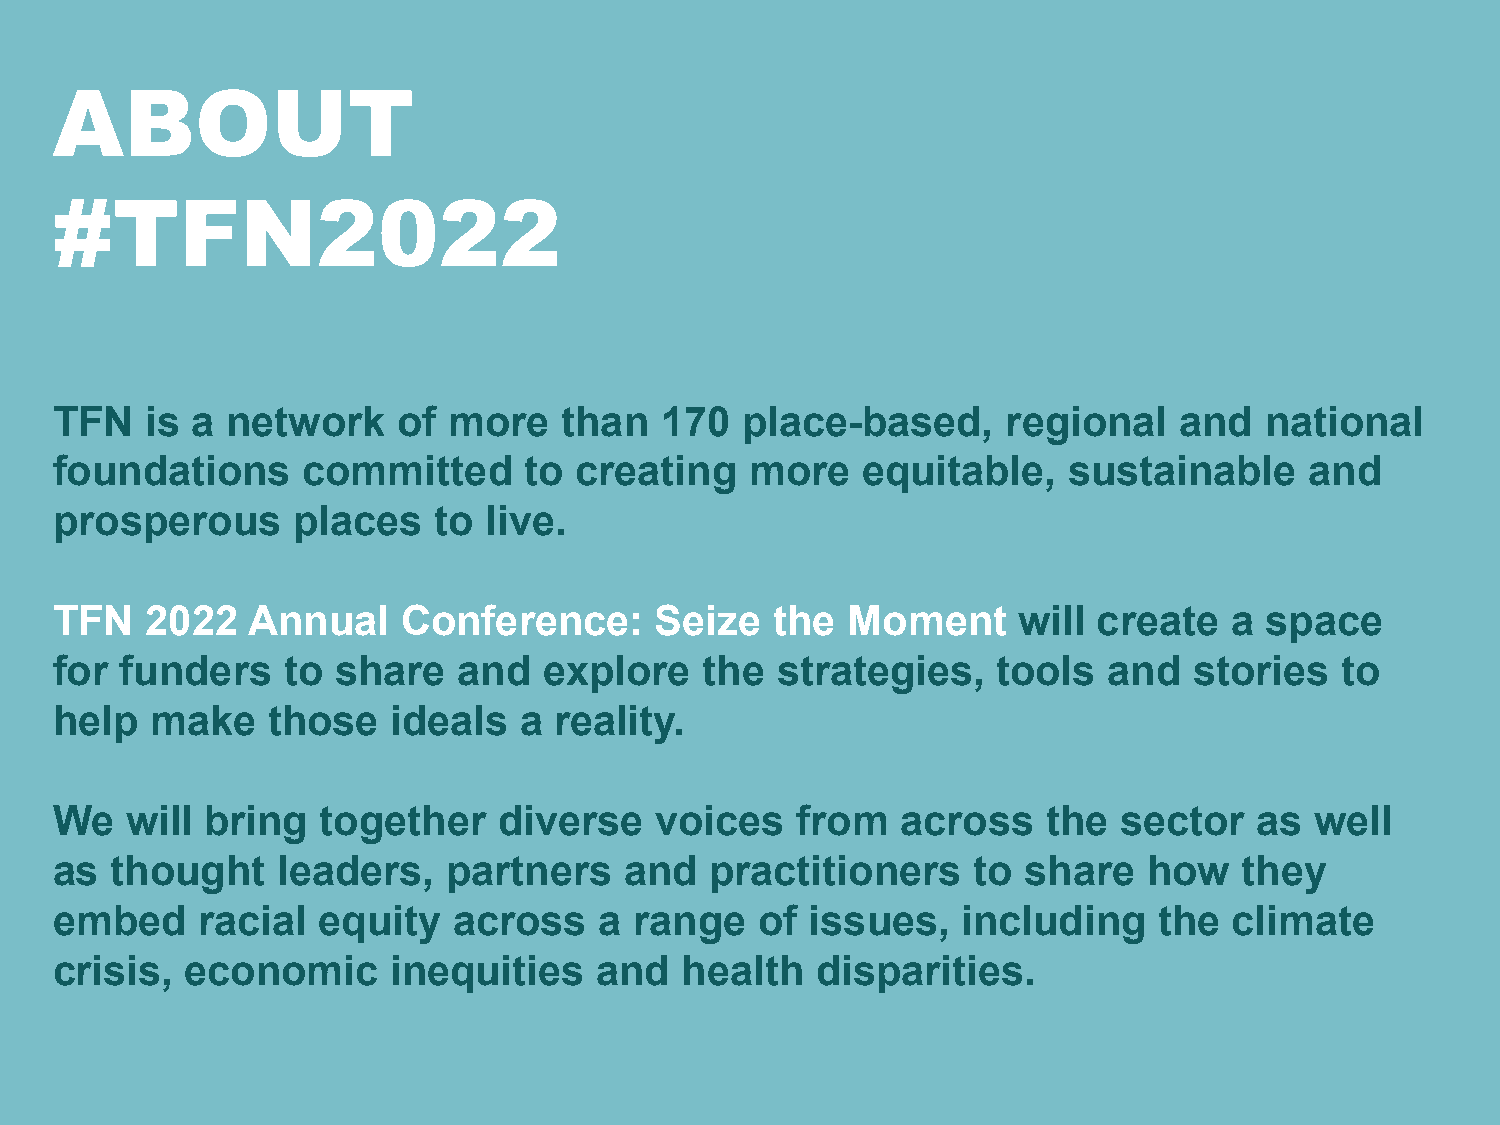
ABOUT
 #TFN2022
 TFN    is a network    of  more   than   170  place-based,      regional   and   national
 foundations      committed      to creating    more   equitable,    sustainable     and
 prosperous      places    to live.
 TFN    2022  Annual     Conference:     Seize   the  Moment     will  create  a  space
 for  funders    to share   and   explore    the strategies,    tools  and   stories   to
 help   make    those   ideals  a  reality.
 We   will bring   together    diverse   voices    from   across   the  sector   as  well
 as  thought    leaders,    partners   and   practitioners    to  share   how   they
 embed     racial  equity   across    a range   of  issues,   including    the  climate
 crisis,  economic      inequities   and   health   disparities.